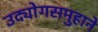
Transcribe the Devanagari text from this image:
उद्योगसमुहाने